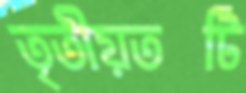
তৃতীয়তটি